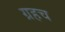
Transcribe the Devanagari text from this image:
ग्रहच